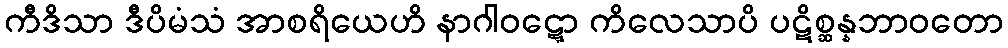
ကီဒိသာ ဒီပိမံသံ အာစရိယေဟိ နာဂါဝဋ္ဋော ကိလေသာပိ ပဋိစ္ဆန္နဘာဝတော